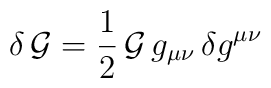
\delta\,{\cal G}=\frac{1}{2}\,{\cal G}\,g_{\mu\nu}\,\delta g^{\mu\nu}